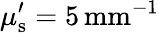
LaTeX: \mu_{\mathrm{s}}^{\prime}=5\, \textrm{mm}^{-1}